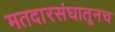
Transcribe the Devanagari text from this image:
मतदारसंघातूनच